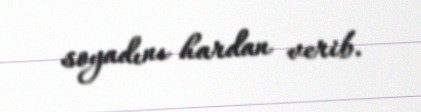
soyadını hardan verib.